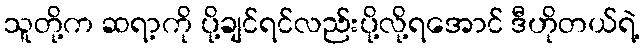
သူတို့က ဆရာ့ကို ပို့ချင်ရင်လည်းပို့လို့ရအောင် ဒီဟိုတယ်ရဲ့